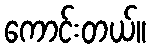
ကောင်းတယ်။